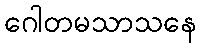
ဂေါတမသာသနေ